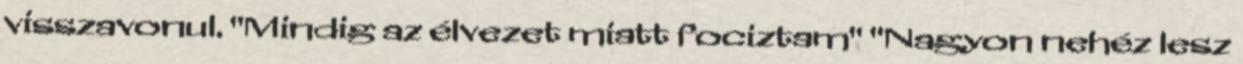
visszavonul. "Mindig az élvezet miatt fociztam" "Nagyon nehéz lesz